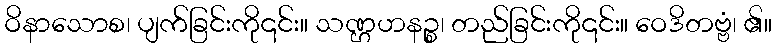
ဝိနာသောစ၊ ပျက်ခြင်းကို၎င်း။ သဏ္ဌဟနဉ္စ၊ တည်ခြင်းကို၎င်း။ ဝေဒိတဗ္ဗံ၊ ၏။